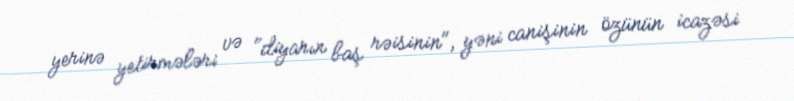
yerinə yetirmələri və "diyarın baş rəisinin", yəni canişinin özünün icazəsi